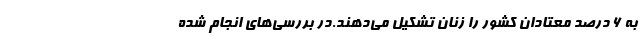
به ۶ درصد معتادان کشور را زنان تشکیل می‌دهند.در بررسی‌های انجام شده